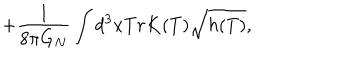
+ \frac { 1 } { 8 \pi G _ { N } } \int d ^ { 3 } x T r K ( T ) \sqrt { h ( T ) } ,